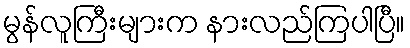
မွန်လူကြီးများက နားလည်ကြပါပြီ။